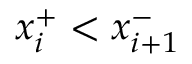
x _ { i } ^ { + } < x _ { i + 1 } ^ { - }